Annual statistical returns and brief notes on vaccination in Bengal - 1909-1929
Year: 1909
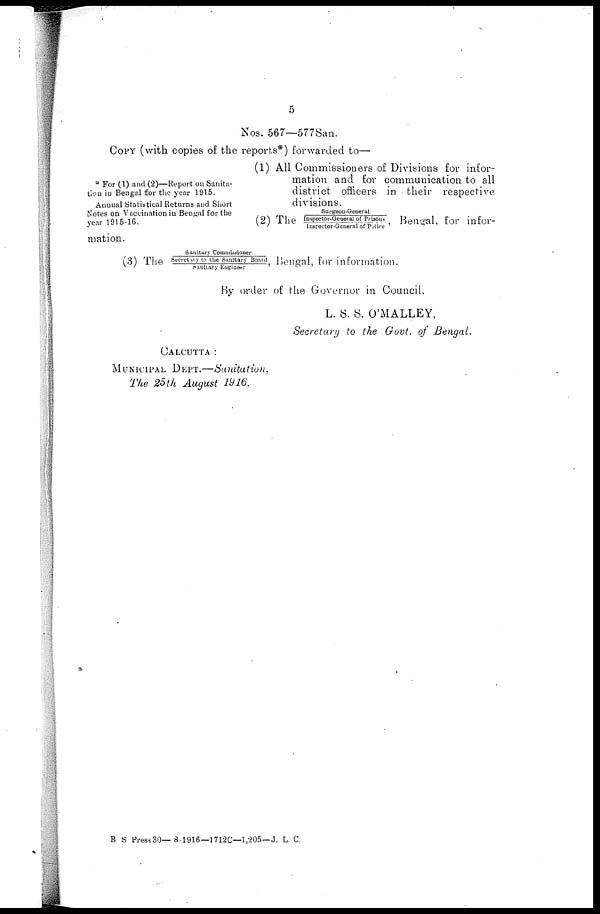
5
Nos. 567—577San.
COPY (with copies of the reports*) forwarded to—
* For (1) and (2)—Report on Sanita-
tion in Bengal for the year 1915.
Annual Statistical Returns and Short
Notes on Vaccination in Bengal for the
year 1915-16.
(1) All Commissioners of Divisions for infor-
mation and for communication to all
district officers in their respective
divisions.
(2) The
Surgeon-Geueral
Inspector-General of Prisons
Inspector-General of Police
Bengal, for infor-
mation.
(3) The
Sanitary Commissioner
Secretary to the Sanitary Board
Sanitary Engineer
Bengal, for information.
By order of the Governor in Council,
L. S. S. O'MALLEY,
Secretary to the Govt. of Bengal.
CALCUTTA:
MUNICIPAL DEPT.—Sanitation.
The 25th August 1916.
B S Press30—8-1916—1712C—1,205—J. L. C.